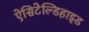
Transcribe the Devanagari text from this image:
ऐसिटेल्डिहाइड